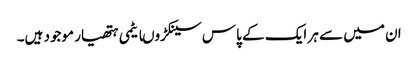
ان میں سے ہر ایک کے پاس سینکڑوںایٹمی ہتھیار موجود ہیں۔